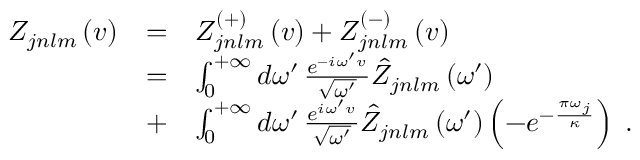
\begin{array} { l c l } { { Z _ { j n l m } \left( v \right) } } & { { = } } & { { Z _ { j n l m } ^ { \left( + \right) } \left( v \right) + Z _ { j n l m } ^ { \left( - \right) } \left( v \right) } } \\ { { \ } } & { { = } } & { { \int _ { 0 } ^ { + \infty } d \omega ^ { \prime } \, \frac { e ^ { - i \omega ^ { \prime } v } } { \sqrt { \omega ^ { \prime } } } \hat { Z } _ { j n l m } \left( \omega ^ { \prime } \right) } } \\ { { \ } } & { { + } } & { { \int _ { 0 } ^ { + \infty } d \omega ^ { \prime } \, \frac { e ^ { i \omega ^ { \prime } v } } { \sqrt { \omega ^ { \prime } } } \hat { Z } _ { j n l m } \left( \omega ^ { \prime } \right) \left( - e ^ { - { \frac { \pi \omega _ { j } } { \kappa } } } \right) \; . } } \end{array}